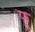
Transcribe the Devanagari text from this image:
फ्रू